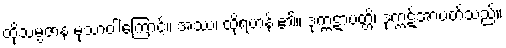
ထိုသမ္ပဇာန မုသာဝါကြောင့်။ အဿ၊ ထိုရဟန်း၏။ ဒုက္ကဋာပတ္တိ၊ ဒုက္ကဋ်အာပတ်သည်။